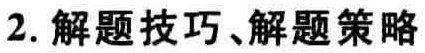
2. 解题技巧、解题策略